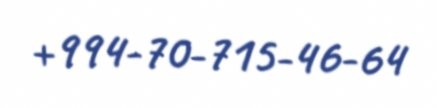
+994-70-715-46-64